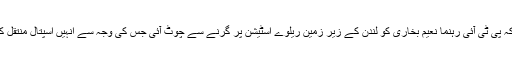
یا درہے کہ کہ پی ٹی آئی رہنما نعیم بخاری کو لندن کے زیر زمین ریلوے اسٹیشن پر گرنے سے چوٹ آئی جس کی وجہ سے انہیں اسپتال منتقل کر دیا گیا تھا۔